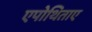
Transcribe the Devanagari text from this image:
एपोथिताए